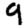
Digit: 9